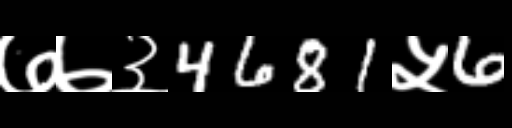
Text: ७७३4681५6